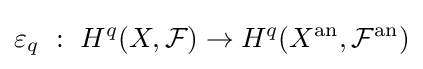
\varepsilon _{q}\ :\ H^{q}(X,{\mathcal {F}})\rightarrow H^{q}(X^{\text{an}},{\mathcal {F}}^{\text{an}})